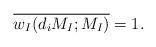
LaTeX: \begin{align*} \overline{w_I(d_i M_I;M_I)}=1. \end{align*}